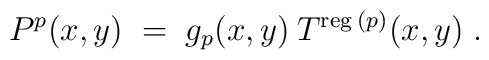
P^p(x,y) \;=\; g_p(x,y) \:T^{\mbox{\scriptsize{reg}}\:(p)}(x,y) \;.